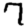
Digit: 7